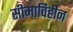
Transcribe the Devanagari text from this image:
सीमाविहीन